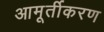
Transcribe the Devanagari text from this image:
आमूर्तीकरण